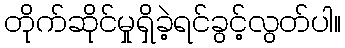
တိုက်ဆိုင်မှုရှိခဲ့ရင်ခွင့်လွတ်ပါ။